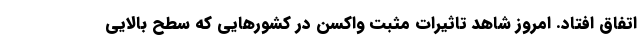
اتفاق افتاد. امروز شاهد تاثیرات مثبت واکسن در کشورهایی که سطح بالایی